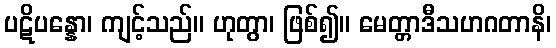
ပဋိပန္နော၊ ကျင့်သည်။ ဟုတွာ၊ ဖြစ်၍။ မေတ္တာဒီသဟဂတာနိ၊